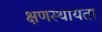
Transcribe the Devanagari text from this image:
क्षणस्थायता